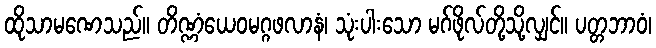
ထိုသာမဏေသည်။ တိဏ္ဏံယေဝမဂ္ဂဖလာနံ၊ သုံးပါးသော မဂ်ဖိုလ်တို့သို့လျှင်။ ပတ္တဘာဝံ၊